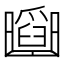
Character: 𠚡